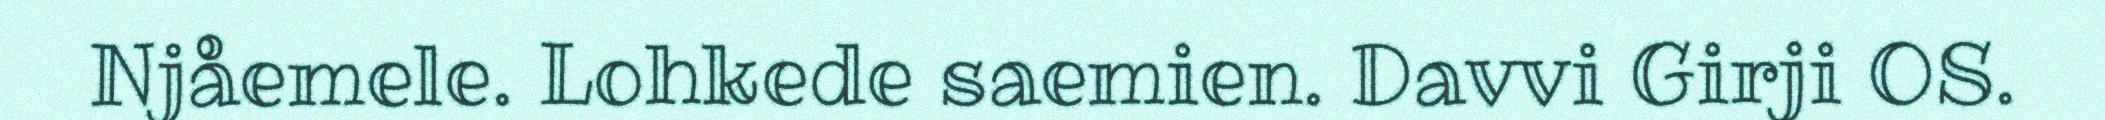
Njåemele. Lohkede saemien. Davvi Girji OS.